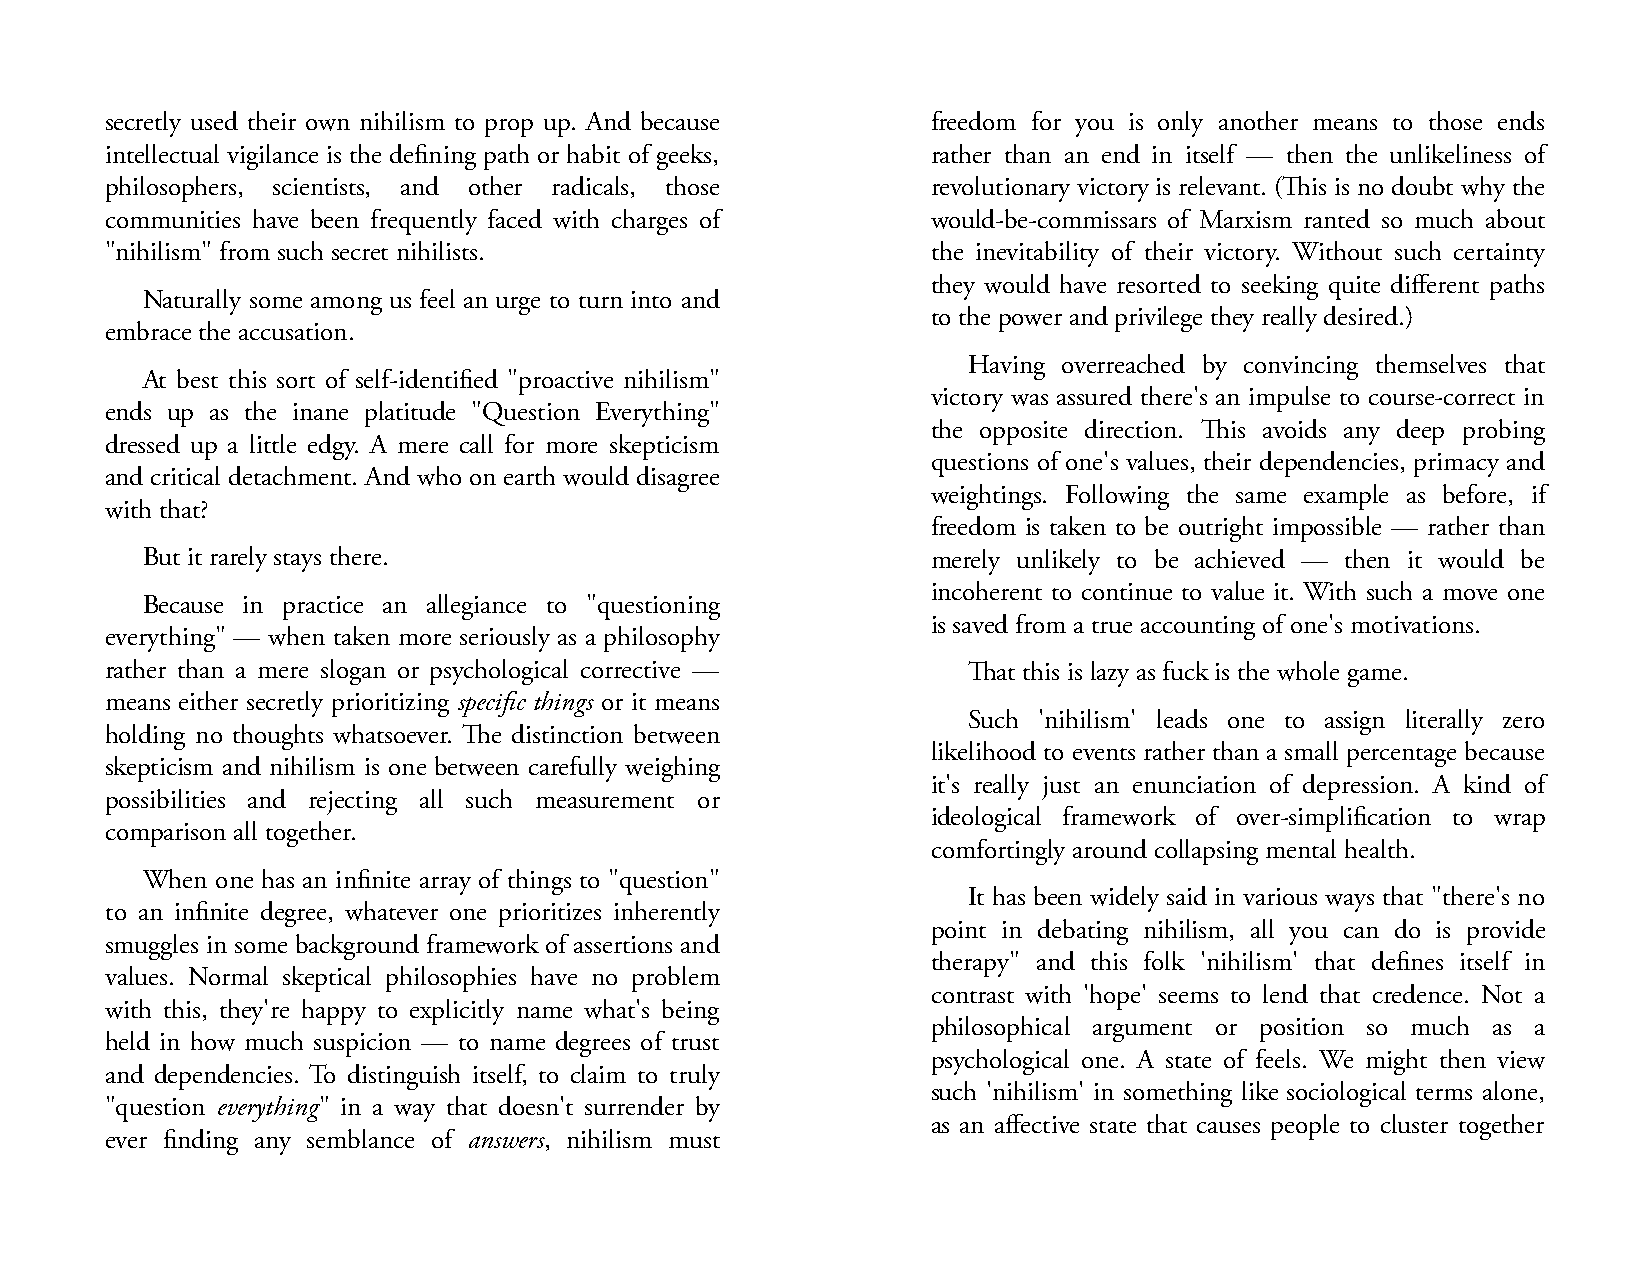
secretly used their own nihilism to prop up. And because freedom for you is only another means to those ends
 intellectual vigilance is the defining path or habit of geeks, rather than an end in itself — then the unlikeliness of
 philosophers, scientists, and other radicals, those    revolutionary victory is relevant. (This is no doubt why the
 communities have been frequently faced with charges of would-be-commissars of Marxism ranted so much about
 "nihilism" from such secret nihilists.                 the inevitability of their victory. Without such certainty
 they would have resorted to seeking quite different paths
 Naturally some among us feel an urge to turn into and
 to the power and privilege they really desired.)
 embrace the accusation.
 Having overreached by convincing themselves that
 At best this sort of self-identified "proactive nihilism"
 victory was assured there's an impulse to course-correct in
 ends up as the inane platitude "Question Everything"
 the opposite direction. This avoids any deep probing
 dressed up a little edgy. A mere call for more skepticism
 questions of one's values, their dependencies, primacy and
 and critical detachment. And who on earth would disagree
 weightings. Following the same example as before, if
 with that?
 freedom is taken to be outright impossible — rather than
 But it rarely stays there.                           merely unlikely to be achieved — then it would be
 incoherent to continue to value it. With such a move one
 Because in practice an allegiance to "questioning
 is saved from a true accounting of one's motivations.
 everything" — when taken more seriously as a philosophy
 rather than a mere slogan or psychological corrective —  That this is lazy as fuck is the whole game.
 means either secretly prioritizing specific things or it means
 Such 'nihilism' leads one to assign literally zero
 holding no thoughts whatsoever. The distinction between
 likelihood to events rather than a small percentage because
 skepticism and nihilism is one between carefully weighing
 it's really just an enunciation of depression. A kind of
 possibilities and rejecting all such measurement or
 ideological framework of over-simplification to wrap
 comparison all together.
 comfortingly around collapsing mental health.
 When one has an infinite array of things to "question"
 It has been widely said in various ways that "there's no
 to an infinite degree, whatever one prioritizes inherently
 point in debating nihilism, all you can do is provide
 smuggles in some background framework of assertions and
 therapy" and this folk 'nihilism' that defines itself in
 values. Normal skeptical philosophies have no problem
 contrast with 'hope' seems to lend that credence. Not a
 with this, they're happy to explicitly name what's being
 philosophical argument or position so much as a
 held in how much suspicion — to name degrees of trust
 psychological one. A state of feels. We might then view
 and dependencies. To distinguish itself, to claim to truly
 such 'nihilism' in something like sociological terms alone,
 "question everything" in a way that doesn't surrender by
 as an affective state that causes people to cluster together
 ever finding any semblance of answers, nihilism must